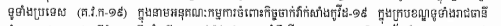
ទូទាំងប្រទេស (គ.វ.ក-១៩) ក្នុងនាមអនុគណៈកម្មការចំពោះកិច្ចចាក់វ៉ាក់សាំងកូវីដ-១៩ ក្នុងក្របខណ្ឌទូទាំងរាជធានី